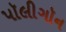
પૉલીગૉન